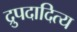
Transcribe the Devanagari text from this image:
द्रुपदादित्य